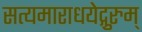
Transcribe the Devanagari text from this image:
सत्यमाराधयेद्गुरुम्